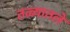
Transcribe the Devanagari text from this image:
तळ्यातले